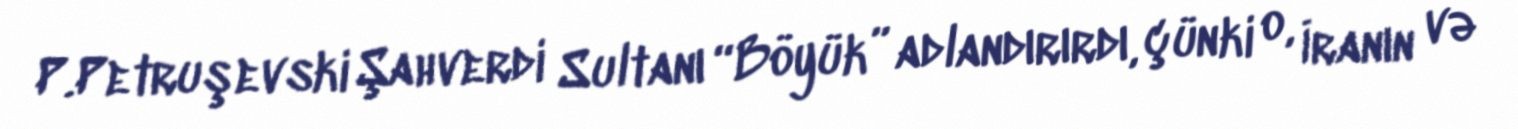
P.Petruşevski Şahverdi Sultanı “Böyük” adlandırırdı, çünki o, İranın və